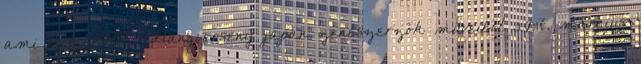
ami összeköt” – Hangverseny japán zeneszerzők műveiből 2017. március